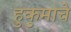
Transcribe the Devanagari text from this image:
हुकुमाचे